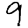
Digit: 9